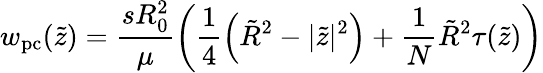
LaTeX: w_{\mathrm{pc}}(\tilde{z})=\frac{sR_{0}^{2}}{\mu}\left(\frac{1}{4}\left(\tilde{R}^{2}-|\tilde{z}|^{2}\right)+\frac{1}{N}\tilde{R}^{2}\tau(\tilde{z})\right)